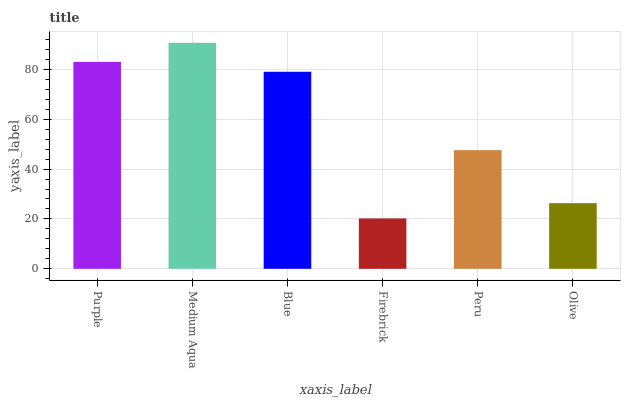
| xaxis_label | bars |
 | --- | --- |
 | Purple | 83 |
 | Medium Aqua | 90.6 |
 | Blue | 79 |
 | Firebrick | 20.2 |
 | Peru | 47.6 |
 | Olive | 26.3 |